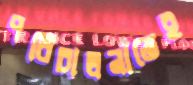
পরিচালনাতেই